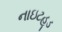
નાઇટહૂડ